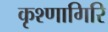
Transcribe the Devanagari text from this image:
कृश्णागिरि